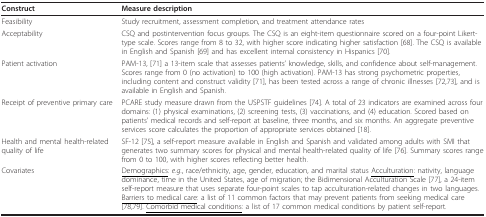
<table><thead><tr><td><b>Construct</b></td><td><b>Measure description</b></td></tr></thead><tbody><tr><td>Feasibility</td><td>Study recruitment, assessment completion, and treatment attendance rates</td></tr><tr><td>Acceptability</td><td>CSQ and postintervention focus groups. The CSQ is an eight-item questionnaire scored on a four-point Likert-type scale. Scores range from 8 to 32, with higher score indicating higher satisfaction [68]. The CSQ is available in English and Spanish [69] and has excellent internal consistency in Hispanics [70].</td></tr><tr><td>Patient activation</td><td>PAM-13, [71] a 13-item scale that assesses patients&#x27; knowledge, skills, and confidence about self-management. Scores range from 0 (no activation) to 100 (high activation). PAM-13 has strong psychometric properties, including content and construct validity [71], has been tested across a range of chronic illnesses [72,73], and is available in English and Spanish.</td></tr><tr><td>Receipt of preventive primary care</td><td>PCARE study measure drawn from the USPSTF guidelines [74]. A total of 23 indicators are examined across four domains: (1) physical examinations, (2) screening tests, (3) vaccinations, and (4) education. Scored based on patients&#x27; medical records and self-report at baseline, three months, and six months. An aggregate preventive services score calculates the proportion of appropriate services obtained [18].</td></tr><tr><td>Health and mental health-related quality of life</td><td>SF-12 [75], a self-report measure available in English and Spanish and validated among adults with SMI that generates two summary scores for physical and mental health-related quality of life [76]. Summary scores range from 0 to 100, with higher scores reflecting better health.</td></tr><tr><td>Covariates</td><td><underline>Demographics</underline>: <i>e.g.</i>, race/ethnicity, age, gender, education, and marital status <underline>Acculturation</underline>: nativity, language dominance, time in the United States, age of migration; the Bidimensional Acculturation Scale [77], a 24-item self-report measure that uses separate four-point scales to tap acculturation-related changes in two languages. <underline>Barriers to medical care</underline>: a list of 11 common factors that may prevent patients from seeking medical care [78,79]. <underline>Comorbid medical conditions</underline>: a list of 17 common medical conditions by patient self-report.</td></tr></tbody></table>